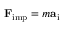
\mathbf { F } _ { \mathrm { i m p } } = m \mathbf { a } _ { \mathrm { i } }